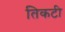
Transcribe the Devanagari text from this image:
तिकटी